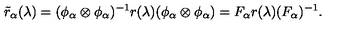
\tilde { r } _ { \alpha } ( \lambda ) = ( \phi _ { \alpha } \otimes \phi _ { \alpha } ) ^ { - 1 } r ( \lambda ) ( \phi _ { \alpha } \otimes \phi _ { \alpha } ) = F _ { \alpha } r ( \lambda ) ( F _ { \alpha } ) ^ { - 1 } .